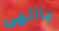
ياالهى